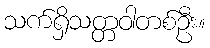
သက်ရှိသတ္တဝါတစ်ဦး။